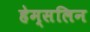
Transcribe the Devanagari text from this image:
हेम्सलिन